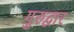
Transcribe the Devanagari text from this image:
गुरुद्वार